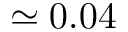
\simeq 0 . 0 4